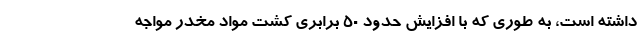
داشته است، به طوری که با افزایش حدود ۵۰ برابری کشت مواد مخدر مواجه